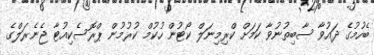
ބެހުމުގެ ދައުވާ ސާބިތުނުވާ ކަމަށް ކްރިމިނަލް ކޯޓުން ހުކުމް ކުރުމުން ޕްރޮސެކިއުޓާ ޖެނެރަލްގެ